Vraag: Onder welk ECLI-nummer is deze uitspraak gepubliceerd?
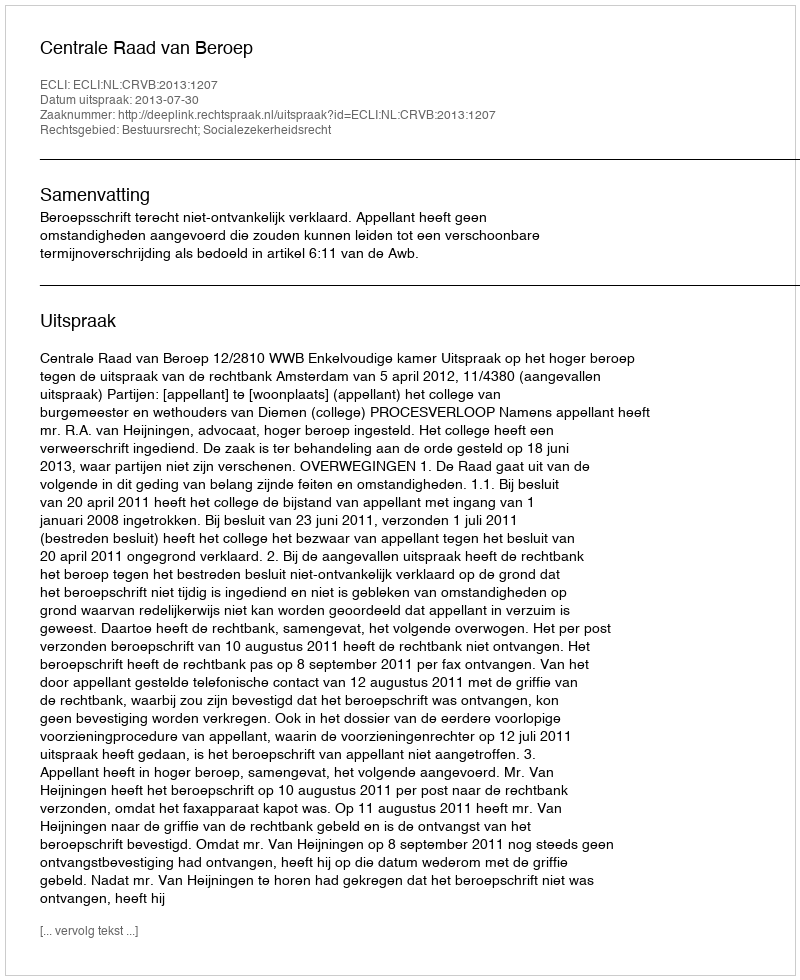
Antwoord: ECLI:NL:CRVB:2013:1207